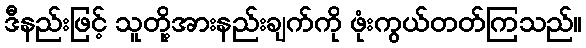
ဒီနည်းဖြင့် သူတို့အားနည်းချက်ကို ဖုံးကွယ်တတ်ကြသည်။